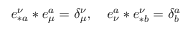
e _ { \ast a } ^ { \nu } \ast e _ { \mu } ^ { a } = \delta _ { \mu } ^ { \nu } , \quad e _ { \nu } ^ { a } \ast e _ { \ast b } ^ { \nu } = \delta _ { b } ^ { a }